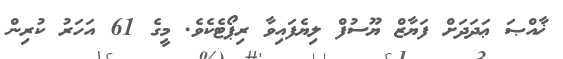
ޚާއްޞަ ޢަދަދަށް ފަޔާޒް ޔޫސުފް ލިޔެފައިވާ ރިޕޯޓެކެވެ. މީގެ 61 އަހަރު ކުރިން